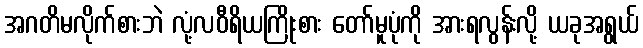
အဂတိမလိုက်စားဘဲ လုံ့လဝီရိယကြိုးစား တော်မူပုံကို အားရလွန်းလို့ ယခုအရွယ်